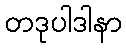
တဒုပါဒါနာ